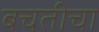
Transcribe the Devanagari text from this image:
बचतीचा